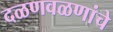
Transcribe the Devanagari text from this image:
दळणवळणांचे